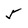
Character: 5